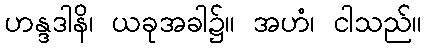
ဟန္ဒဒါနိ၊ ယခုအခါ၌။ အဟံ၊ ငါသည်။